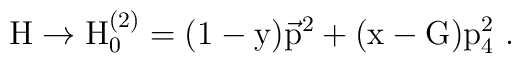
\rm H \to H_0^{(2)} = (1-y) \vec{p}^2 + (x-G) p_4^2~.